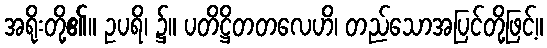
အရိုးတို့၏။ ဥပရိ၊ ၌။ ပတိဋ္ဌိတတလေဟိ၊ တည်သောအပြင်တို့ဖြင့်။